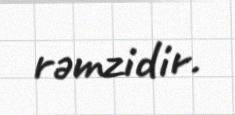
rəmzidir.